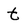
Character: t